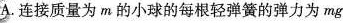
A.连接质量为m的小球的每根轻弹簧的弹力为mg